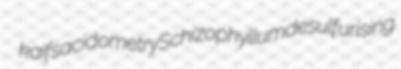
kaifs acidometry Schizophyllum desulfurising